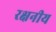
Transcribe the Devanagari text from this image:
रक्षनीय